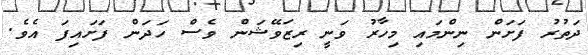
ދަތުރު ފަށަން ނިންމައި މިހާރު ވަނީ ރިޒަވޭޝަން ވެސް ހަދަން ފަށައިފަ އެވެ.